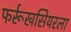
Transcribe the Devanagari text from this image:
फर्रूखसियरला